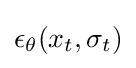
\epsilon _{\theta }(x_{t},\sigma _{t})